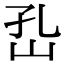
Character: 𡵾